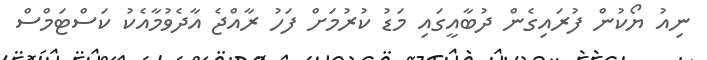
ނިއު ޔޯކުން ފުރައިގެން ދުބާއީގައި މަޑު ކުރުމަށް ފަހު ރާއްޖެ އާދެވުމާއެކު ކަސްޓަމްސް